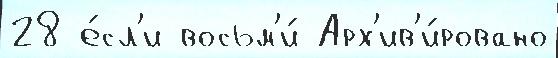
28 е́сл'и восьм'и́ Арх'ив'и́ровано